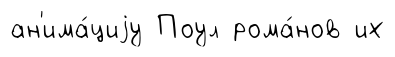
ан'има́циjу Поул рома́нов их